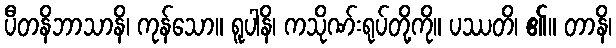
ပီတနိဘာသာနိ၊ ကုန်သော။ ရူပါနိ၊ ကသိုဏ်းရုပ်တို့ကို။ ပဿတိ၊ ၏။ တာနိ၊